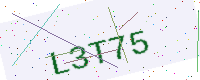
Text: L3T75